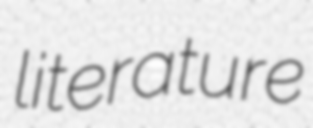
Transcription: literature